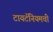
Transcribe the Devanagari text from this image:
टायटॅनियमची